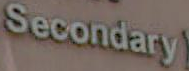
Secondary